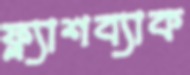
ফ্ল্যাশব্যাক